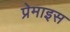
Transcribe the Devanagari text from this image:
प्रेमाइस